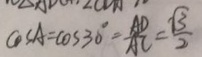
\cos A = \cos 3 0 ^ { \circ } = \frac { A D } { A C } = \frac { \sqrt { 3 } } { 2 }